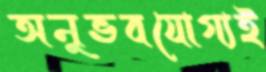
অনুভবযোগ্যই